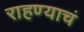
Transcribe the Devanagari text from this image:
राहण्याचं